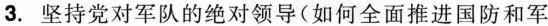
3.坚持党对军队的绝对领导(如何全面推进国防和军